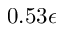
0 . 5 3 \epsilon